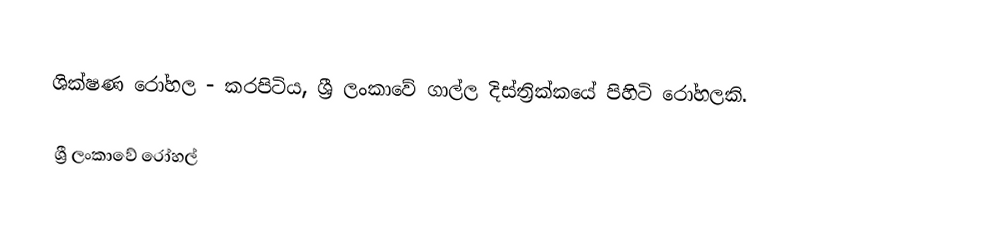
ශික්ෂණ රෝහල - කරපිටිය, ශ්‍රී ලංකාවේ ගාල්ල දිස්ත්‍රික්කයේ පිහිටි රෝහලකි.

ශ්‍රී ලංකාවේ රෝහල්